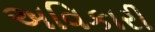
અવિકારી